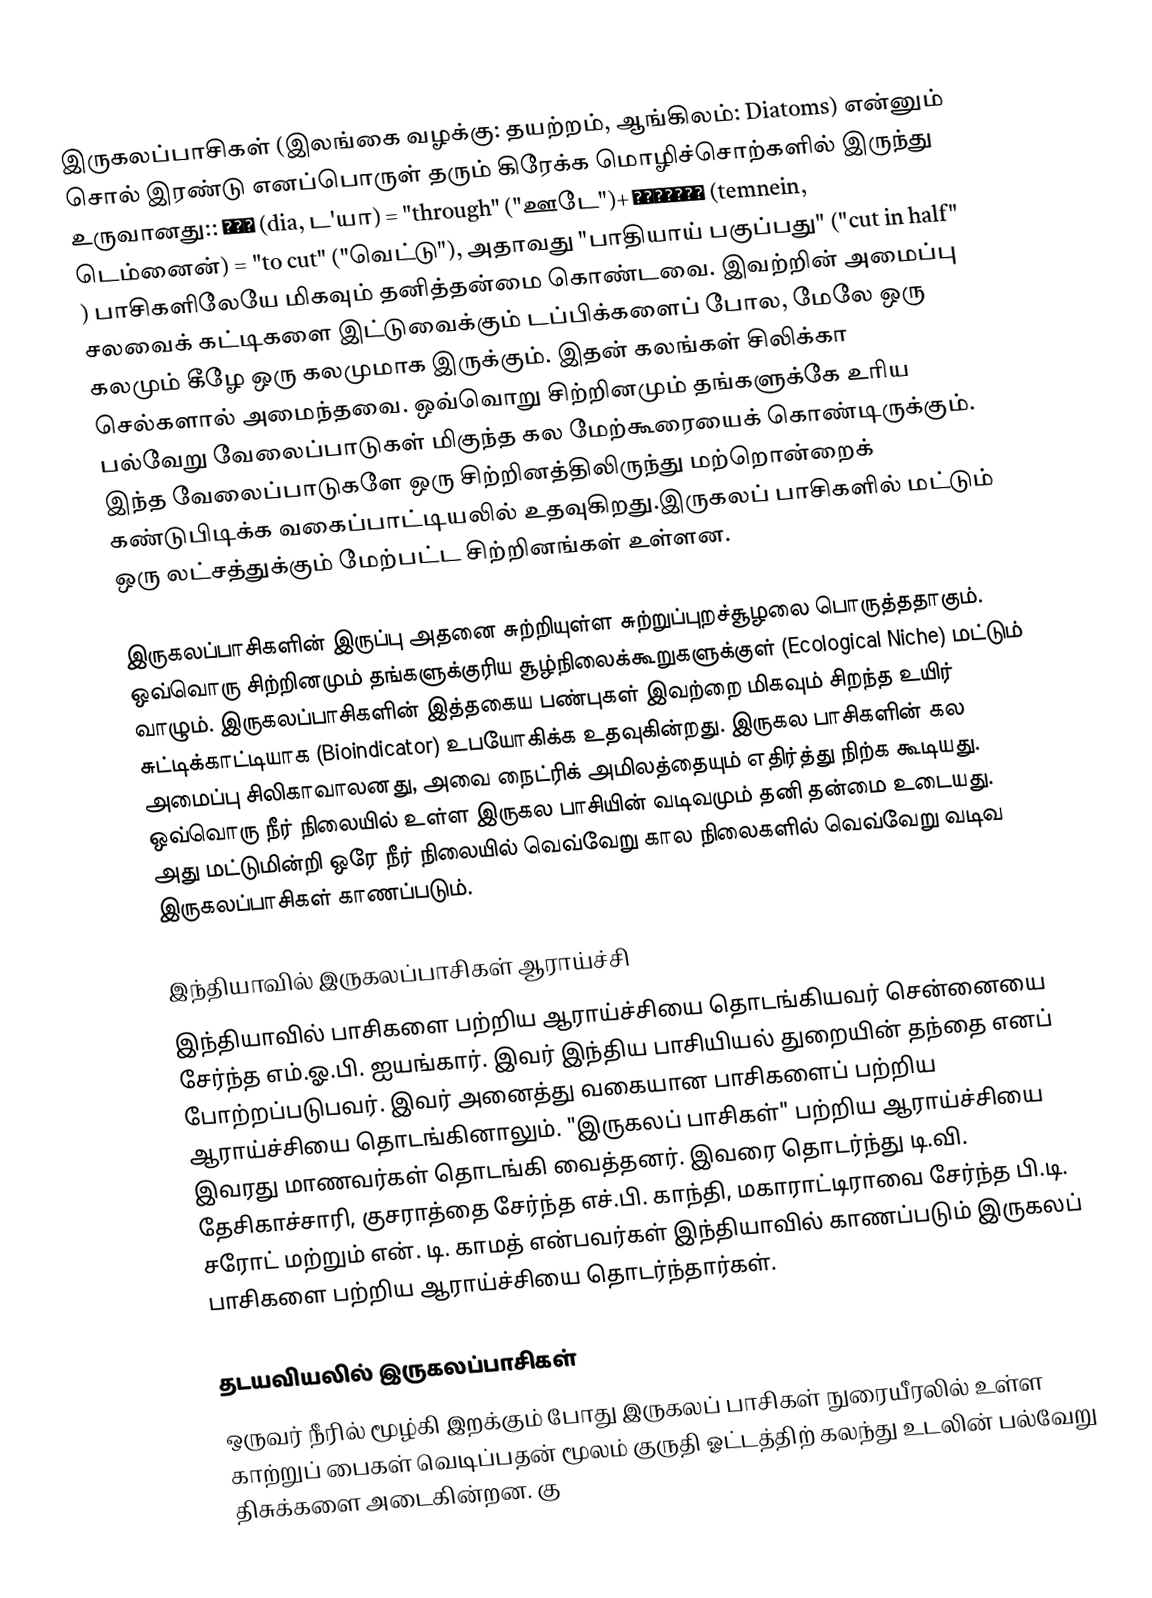
இருகலப்பாசிகள் (இலங்கை வழக்கு: தயற்றம், ஆங்கிலம்: Diatoms) என்னும் சொல் இரண்டு எனப்பொருள் தரும் கிரேக்க மொழிச்சொற்களில் இருந்து உருவானது:: διά (dia, ட'யா) = "through" ("ஊடே")+ τέμνειν (temnein, டெம்னைன்) = "to cut" ("வெட்டு"), அதாவது "பாதியாய் பகுப்பது" ("cut in half" ) பாசிகளிலேயே மிகவும் தனித்தன்மை கொண்டவை. இவற்றின் அமைப்பு சலவைக் கட்டிகளை இட்டுவைக்கும் டப்பிக்களைப் போல, மேலே ஒரு கலமும் கீழே ஒரு கலமுமாக இருக்கும். இதன் கலங்கள் சிலிக்கா செல்களால் அமைந்தவை. ஒவ்வொறு சிற்றினமும் தங்களுக்கே உரிய பல்வேறு வேலைப்பாடுகள் மிகுந்த கல மேற்கூரையைக் கொண்டிருக்கும். இந்த வேலைப்பாடுகளே ஒரு சிற்றினத்திலிருந்து மற்றொன்றைக் கண்டுபிடிக்க வகைப்பாட்டியலில் உதவுகிறது.இருகலப் பாசிகளில் மட்டும் ஒரு லட்சத்துக்கும் மேற்பட்ட சிற்றினங்கள் உள்ளன.

இருகலப்பாசிகளின் இருப்பு அதனை சுற்றியுள்ள சுற்றுப்புறச்சூழலை பொருத்ததாகும். ஒவ்வொரு சிற்றினமும் தங்களுக்குரிய சூழ்நிலைக்கூறுகளுக்குள் (Ecological Niche) மட்டும் வாழும். இருகலப்பாசிகளின் இத்தகைய பண்புகள் இவற்றை மிகவும் சிறந்த உயிர் சுட்டிக்காட்டியாக (Bioindicator) உபயோகிக்க உதவுகின்றது. இருகல பாசிகளின் கல அமைப்பு சிலிகாவாலனது, அவை நைட்ரிக் அமிலத்தையும் எதிர்த்து நிற்க கூடியது. ஒவ்வொரு நீர் நிலையில் உள்ள இருகல பாசியின் வடிவமும் தனி தன்மை உடையது. அது மட்டுமின்றி ஒரே நீர் நிலையில் வெவ்வேறு கால நிலைகளில் வெவ்வேறு வடிவ இருகலப்பாசிகள் காணப்படும்.

இந்தியாவில் இருகலப்பாசிகள் ஆராய்ச்சி
இந்தியாவில் பாசிகளை பற்றிய ஆராய்ச்சியை தொடங்கியவர் சென்னையை சேர்ந்த எம்.ஓ.பி. ஐயங்கார். இவர் இந்திய பாசியியல் துறையின் தந்தை எனப் போற்றப்படுபவர். இவர் அனைத்து வகையான பாசிகளைப் பற்றிய ஆராய்ச்சியை தொடங்கினாலும். "இருகலப் பாசிகள்" பற்றிய ஆராய்ச்சியை இவரது மாணவர்கள் தொடங்கி வைத்தனர். இவரை தொடர்ந்து டி.வி. தேசிகாச்சாரி, குசராத்தை சேர்ந்த எச்.பி. காந்தி, மகாராட்டிராவை சேர்ந்த பி.டி. சரோட் மற்றும் என். டி. காமத் என்பவர்கள் இந்தியாவில் காணப்படும் இருகலப் பாசிகளை பற்றிய ஆராய்ச்சியை தொடர்ந்தார்கள்.

தடயவியலில் இருகலப்பாசிகள்
ஒருவர் நீரில் மூழ்கி இறக்கும் போது இருகலப் பாசிகள் நுரையீரலில் உள்ள காற்றுப் பைகள் வெடிப்பதன் மூலம் குருதி ஓட்டத்திற் கலந்து உடலின் பல்வேறு திசுக்களை அடைகின்றன. கு